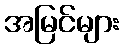
အမြင်များ